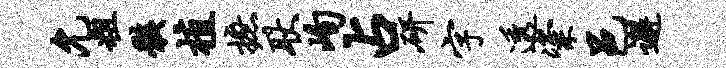
允粗骸植摭耿峋占研字透粢邑邂